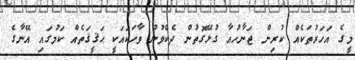
މީގެ އަހަރުތަކެއް ކުރިން ޖަނާހުއާ ގުޅޭގޮތުން ދެކެވުނު ވާހަކައަކީ ޙަޤީޤަތެއް ކަމުގައި އޭނާގެ